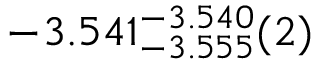
- 3 . 5 4 1 _ { - 3 . 5 5 5 } ^ { - 3 . 5 4 0 } ( 2 )